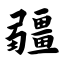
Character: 疆